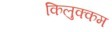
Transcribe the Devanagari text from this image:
किलुक्कम